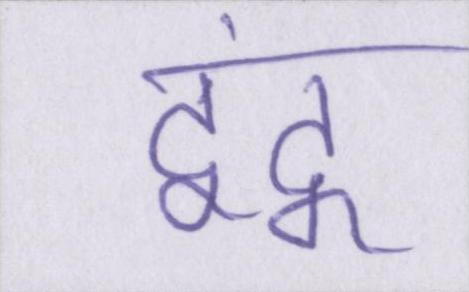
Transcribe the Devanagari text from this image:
द्वंद्व